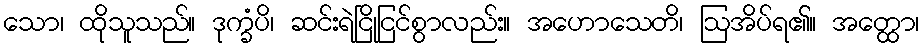
သော၊ ထိုသူသည်။ ဒုက္ခံပိ၊ ဆင်းရဲငြိုငြင်စွာလည်း။ အဟောသေတိ၊ ဩအိပ်ရ၏။ အတ္ထော၊